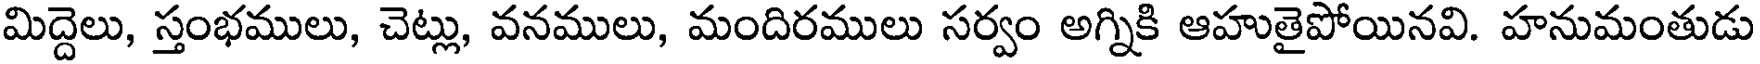
మిద్దెలు, స్తంభములు, చెట్లు, వనములు, మందిరములు సర్వం అగ్నికి ఆహుతైపోయినవి. హనుమంతుడు